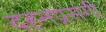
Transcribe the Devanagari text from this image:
दहनप्रसंगी